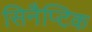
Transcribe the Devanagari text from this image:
सिनैप्टिक